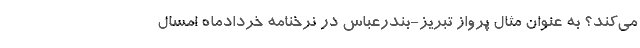
می‌کند؟ به عنوان مثال پرواز تبریز-بندرعباس در نرخنامه خردادماه امسال